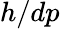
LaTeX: h/dp